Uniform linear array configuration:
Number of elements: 8
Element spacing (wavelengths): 0.5
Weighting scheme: uniform
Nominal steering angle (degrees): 60
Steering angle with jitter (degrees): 58.845
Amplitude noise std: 0.05
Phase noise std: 0.05

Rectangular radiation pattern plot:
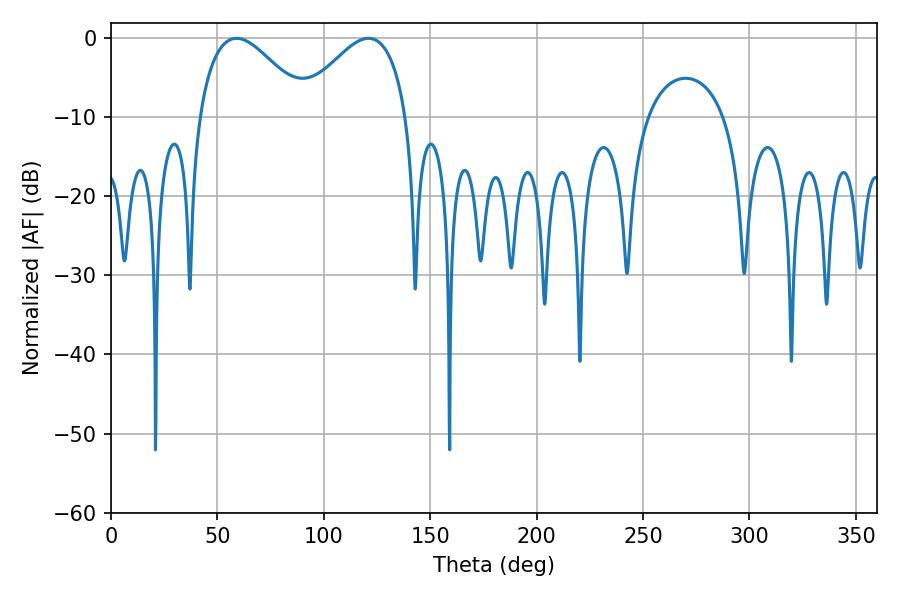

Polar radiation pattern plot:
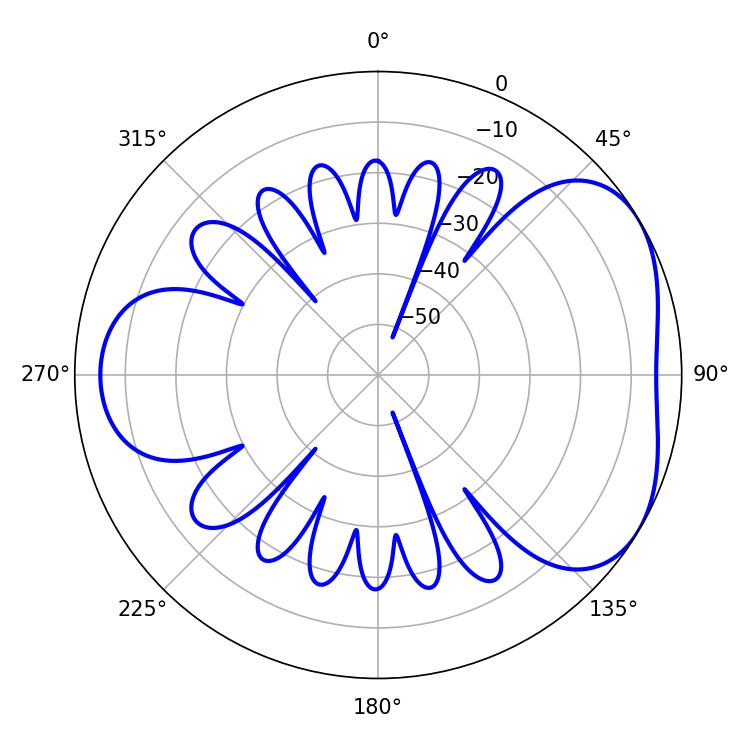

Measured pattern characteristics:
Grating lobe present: FALSE
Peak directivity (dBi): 4.298
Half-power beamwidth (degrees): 27.54
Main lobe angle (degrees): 59.04